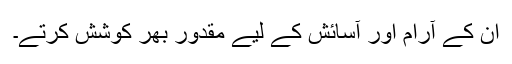
ان کے آرام اور آسائش کے لیے مقدور بھر کوشش کرتے۔